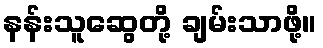
နန်းသူဆွေတို့ ချမ်းသာဖို့။